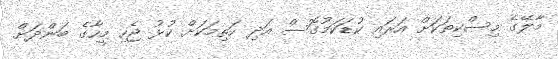
މާލޭގެ މިސްކިތަކަށް އަރައި ކުޑަކަމުގޮސް އަދި ހަތިމަކަށް ކުޅު ޖެހި މީހާގެ ބަންދަށް